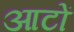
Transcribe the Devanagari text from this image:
आटों